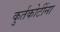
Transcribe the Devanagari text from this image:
कुर्तकोटींना